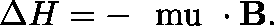
\Delta H = - \mathrm { \boldmath ~ \ m u ~ } \cdot { \bf B } .